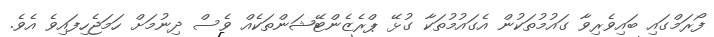
ފޯރަމްގައި ބައިވެރިވާ ގައުމުތަކުން އެގައުމުތަކާ ގުޅޭ ޕްރެޒެންޓޭޝަންތަކެއް ވެސް ދިނުމަށް ހަމަޖެހިފައިވެ އެވެ.